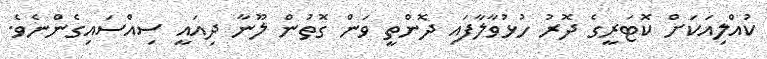
ކުއްލިއަކަށް ކޮޓަރީގެ ދޮރު ހުޅުވާލާފައި ދޮންތީ ވަން ގޮތުން ލޫނާ ދިއައީ ސިއްސައިގެންނެވެ.